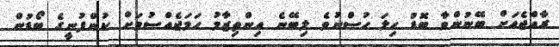
ރާއްޖެއަށް ބޭނުންވާ ބޮޑު ހިލަ ހުސްނުވެ ލިބޭނެ އިންތިޒާމު ހަމަޖެއްސުމަށް ކުންފުނީގެ ބޯޑުން